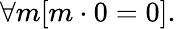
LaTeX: \forall m[m\cdot 0=0].